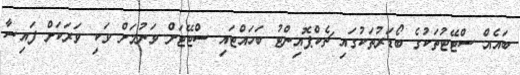
ބައެއް ސްޓޭޓުތަކުގެ ބޯޑަރުތަކުގައި ޗެކްޕޮއިންޓު ބަހައްޓައި ސްޓޭޓަށް ވަނުމަށް ވަކި ވަރަކަށް ފައިސާ